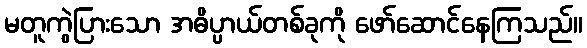
မတူကွဲပြားသော အဓိပ္ပာယ်တစ်ခုကို ဖော်ဆောင်နေကြသည်။